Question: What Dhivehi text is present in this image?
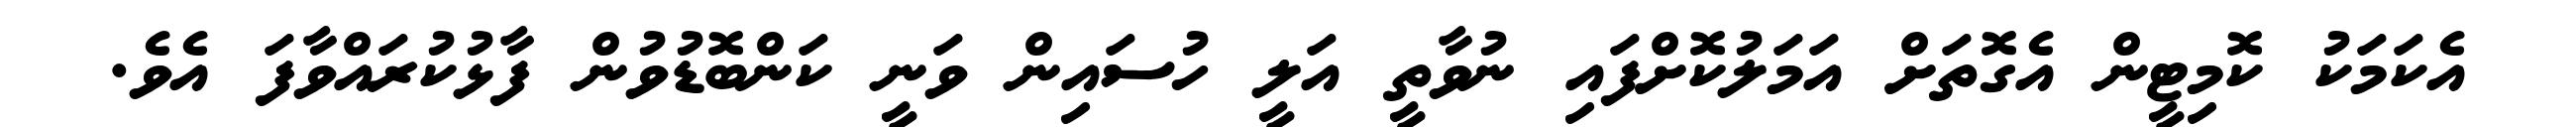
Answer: އެކަމަކު ކޮމިޓީން އެގޮތަށް އަމަލުކޮށްފައި ނުވާތީ އަލީ ހުސައިން ވަނީ ކަންބޮޑުވުން ފާޅުކުރައްވާފަ އެވެ.